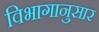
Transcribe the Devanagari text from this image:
विभागानुसार